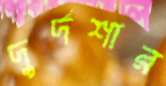
দুর্দশার